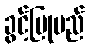
ခွင့်ပြုမည်